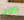
طالبة